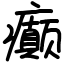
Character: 癫